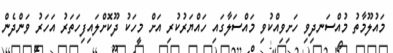
މައުލޫމާތު މުއްސަނދިވި ހަށިވިއްކުވި މައްސަލާގައި ހައްޔަރުކުރި އަށް މީހަކު ދޫކޮށްލައިފިހަތަރު އަހަރު ވަންދެން